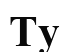
Ту